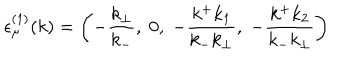
{ \epsilon } _ { \mu } ^ { ( 1 ) } ( k ) = \left( - \frac { k _ { \bot } } { k _ { - } } , \; 0 , \; - \frac { k ^ { + } k _ { 1 } } { k _ { - } k _ { \bot } } , \; - \frac { k ^ { + } k _ { 2 } } { k _ { - } k _ { \bot } } \right)